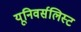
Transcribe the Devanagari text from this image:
यूनिवर्सलिस्ट